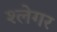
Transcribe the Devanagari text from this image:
श्लेगर